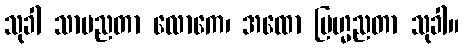
သုခါ သာမညတာ လောကေ၊ အထော ဗြဟ္မညတာ သုခါ။